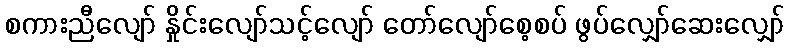
စကားညီလျော် နှိုင်းလျော်သင့်လျော် တော်လျော်စေ့စပ် ဖွပ်လျှော်ဆေးလျှော်